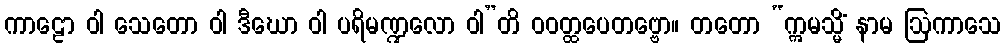
ကာဠော ဝါ သေတော ဝါ ဒီဃော ဝါ ပရိမဏ္ဍလော ဝါ”တိ ဝဝတ္ထပေတဗ္ဗော။ တတော “ဣမသ္မိံ နာမ ဩကာသေ